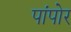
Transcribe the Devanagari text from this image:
पांपोर